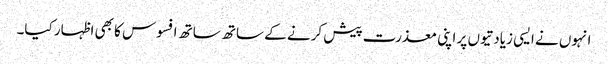
انہوں نے ایسی زیادتیوں پر اپنی معذرت پیش کرنے کے ساتھ ساتھ افسوس کا بھی اظہار کیا۔